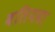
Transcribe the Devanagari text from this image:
बलियवा